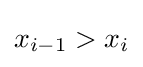
x_{i-1}>x_{i}